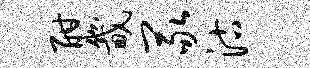
酣畿冢沽